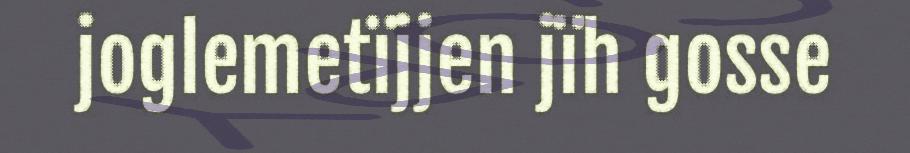
joglemetïjjen jïh gosse